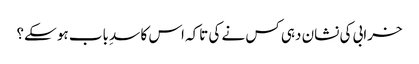
خرابی کی نشان دہی کس نے کی تاکہ اس کا سدِ باب ہو سکے؟